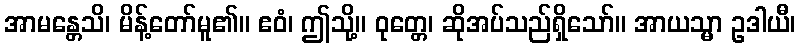
အာမန္တေသိ၊ မိန့်တော်မူ၏။ ဧဝံ၊ ဤသို့။ ဝုတ္တေ၊ ဆိုအပ်သည်ရှိသော်။ အာယသ္မာ ဥဒါယီ၊